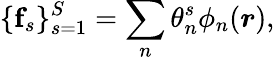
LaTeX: \{ \mathbf{f}_{s}\} _{s=1}^{S}=\sum_{n}\theta_{n}^{s}\phi_{n}(\boldsymbol{r}),